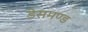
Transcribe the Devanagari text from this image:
डेसमण्ड